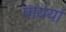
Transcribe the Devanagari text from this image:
पायर्या